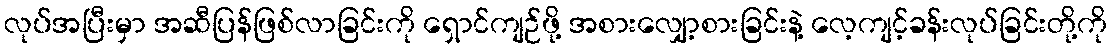
လုပ်အပြီးမှာ အဆီပြန်ဖြစ်လာခြင်းကို ရှောင်ကျဉ်ဖို့ အစားလျှော့စားခြင်းနဲ့ လေ့ကျင့်ခန်းလုပ်ခြင်းတို့ကို